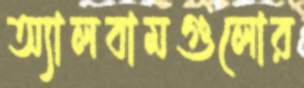
অ্যালবামগুলোর